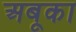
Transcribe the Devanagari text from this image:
अबूका